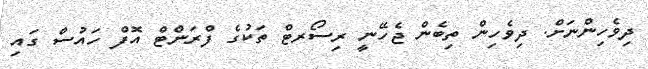
ދިވެހިންނަށް. ދިވެހިން ތިބެން ޖެހޭނީ ރިސޯރޓް ތަކުގެ ފްރަންޓް އޮފް ހައުސް ގައި